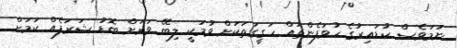
ނަމަވެސް ކުޑައިރުގެ ހުވަފެންތައް ހަގީގަތަކަށް ވުމަކީ ލިބޭ ވަރަށް ބޮޑު ޝަރަފެއް ކަމަށް